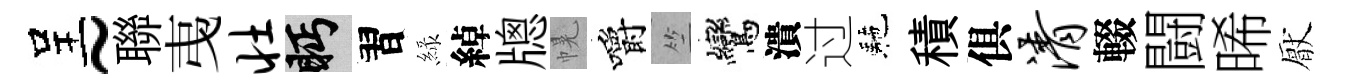
呈~聯𢎯壮眄習緑綽牕幌嚼竺鸞潰过駰積俱清輟闘晞厭